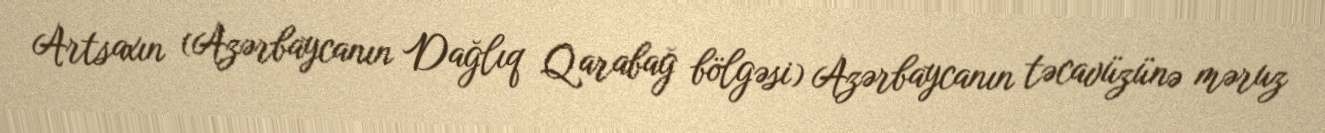
Artsaxın (Azərbaycanın Dağlıq Qarabağ bölgəsi) Azərbaycanın təcavüzünə məruz